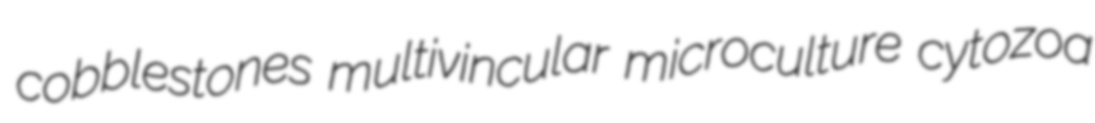
cobblestones multivincular microculture cytozoa